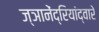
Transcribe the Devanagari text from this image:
ज्ञानेंद्रियांद्वारे